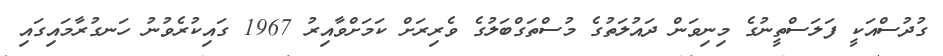
ގުދުސްއަކީ ފަލަސްތީނުގެ މިނިވަން ދައުލަތުގެ މުސްތަގްބަލުގެ ވެރިރަށް ކަމަށްވާއިރު 1967 ގައިކުރެވުނު ހަނގުރާމައިގައި